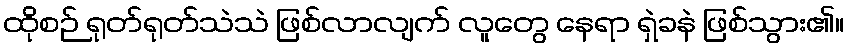
ထိုစဉ် ရုတ်ရုတ်သဲသဲ ဖြစ်လာလျက် လူတွေ နေရာ ရှဲခနဲ ဖြစ်သွား၏။